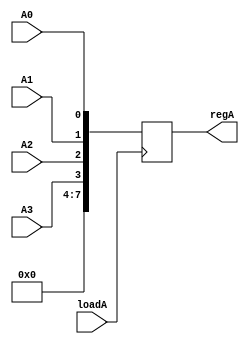
// This program was cloned from: https://github.com/BlackWatch0/EEE228_Microprocessor
// License: GNU General Public License v3.0

`timescale 1ns / 1ps
//////////////////////////////////////////////////////////////////////////////////
// Company: 
// Engineer: 
// 
// Design Name: 
// Module Name: Register_A
// Project Name: 
// Target Devices: 
// Tool Versions: 
// Description: 
// 
// Dependencies: 
// 
// Revision:
// Revision 0.01 - File Created
// Additional Comments:
// 
//////////////////////////////////////////////////////////////////////////////////


module Register_A(
    input wire A0,
    input wire A1,
    input wire A2,
    input wire A3,
    input wire loadA,
    output reg [7:0] regA
);

always @(posedge loadA) begin
    regA[0] <= A0;
    regA[1] <= A1;
    regA[2] <= A2;
    regA[3] <= A3;
    regA[4] <= 0;
    regA[5] <= 0;
    regA[6] <= 0;
    regA[7] <= 0;
end

endmodule